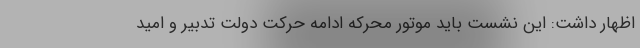
اظهار داشت: این نشست باید موتور محرکه ادامه حرکت دولت تدبیر و امید